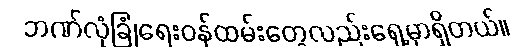
ဘဏ်လုံခြုံရေးဝန်ထမ်းတွေလည်းရှေ့မှာရှိတယ်။